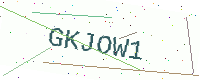
Text: GKJOW1